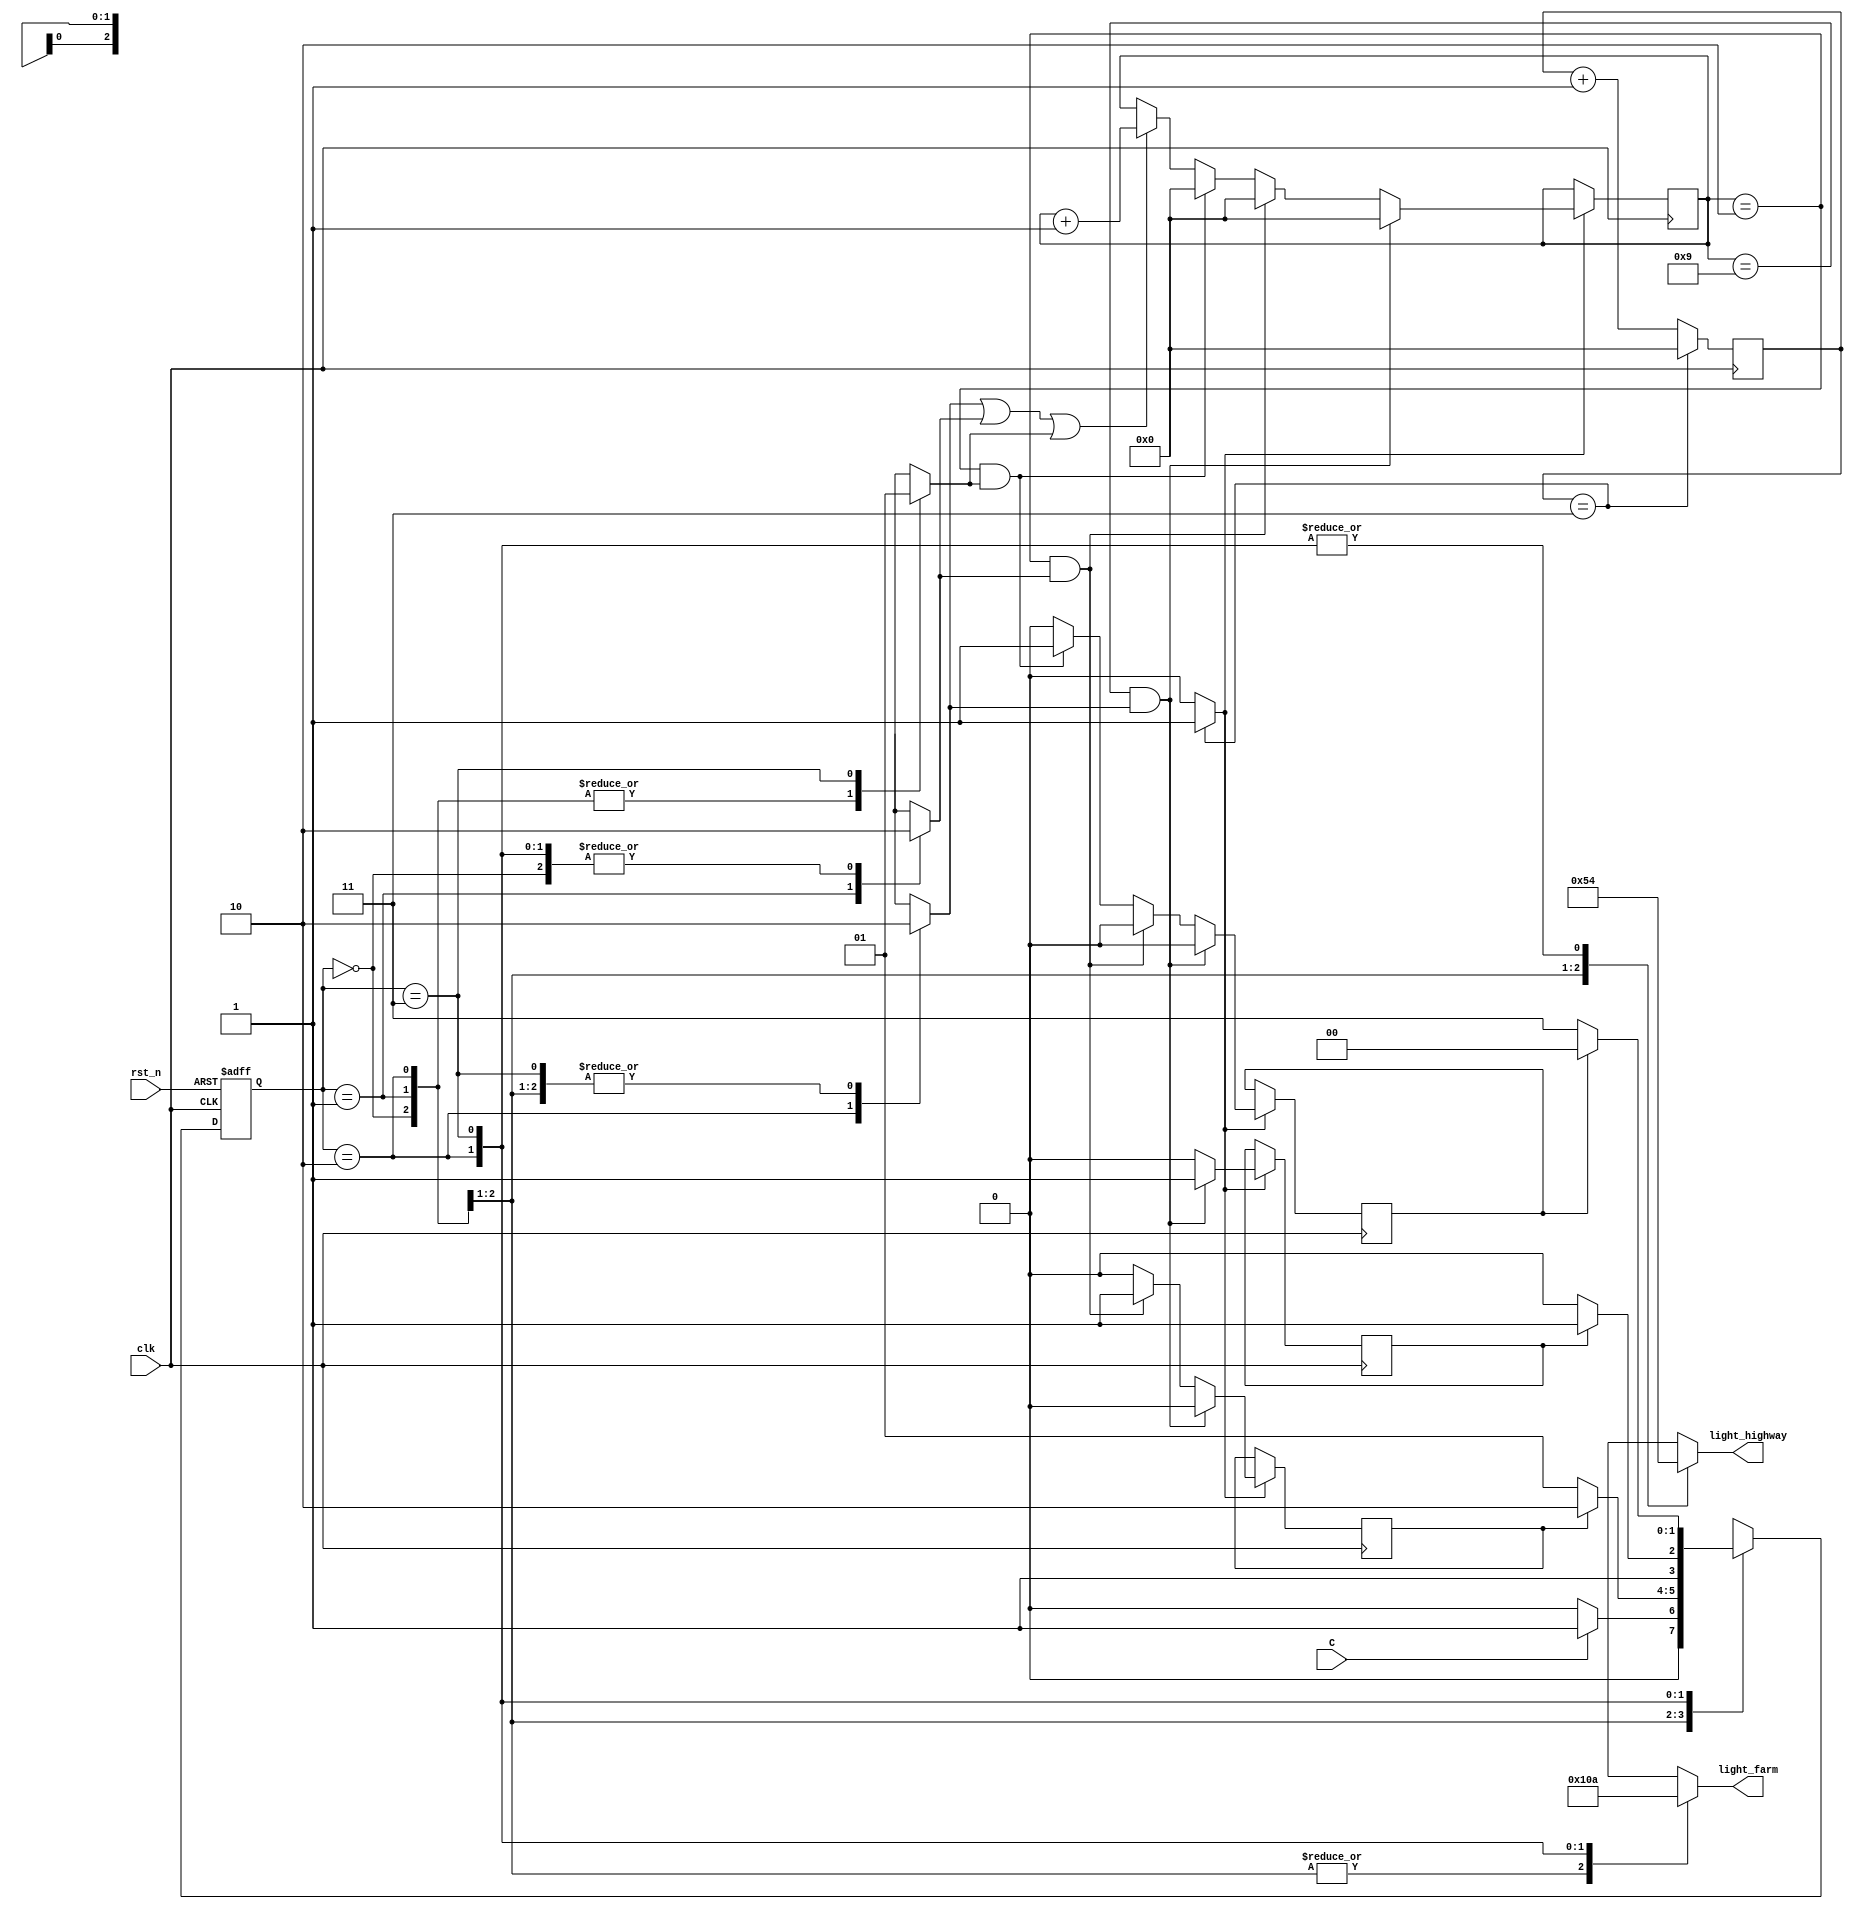
// Mysha Rahman
// 1330012042

module traffic_light(light_highway, light_farm, C, clk, rst_n);
parameter HGRE_FRED=2'b00, // Highway green and farm red
   HYEL_FRED = 2'b01,// Highway yellow and farm red
   HRED_FGRE=2'b10,// Highway red and farm green
   HRED_FYEL=2'b11;// Highway red and farm yellow
input C, // sensor
   clk, // clock = 50 MHz
   rst_n; // reset active low
output reg[2:0] light_highway, light_farm; // output of lights

reg[27:0] count=0,count_delay=0;
reg delay10s=0, delay3s1=0,delay3s2=0,RED_count_en=0,YELLOW_count_en1=0,YELLOW_count_en2=0;
wire clk_enable; // clock enable signal for 1s
reg[1:0] state, next_state;
// next state
always @(posedge clk or negedge rst_n)
begin
if(~rst_n)
 state <= 2'b00;
else 
 state <= next_state; 
end
// FSM
always @(*)
begin
case(state)
HGRE_FRED: begin // Green on highway and red on farm way
 RED_count_en=0;
 YELLOW_count_en1=0;
 YELLOW_count_en2=0;
 light_highway = 3'b001;
 light_farm = 3'b100;
 if(C) next_state = HYEL_FRED; 
 // if sensor detects vehicles on farm road, 
 // turn highway to yellow -> green
 else next_state =HGRE_FRED;
end
HYEL_FRED: begin// yellow on highway and red on farm way
  light_highway = 3'b010;
  light_farm = 3'b100;
  RED_count_en=0;
 YELLOW_count_en1=1;
 YELLOW_count_en2=0;
  if(delay3s1) next_state = HRED_FGRE;
  // yellow for 3s, then red
  else next_state = HYEL_FRED;
end
HRED_FGRE: begin// red on highway and green on farm way
 light_highway = 3'b100;
 light_farm = 3'b001;
 RED_count_en=1;
 YELLOW_count_en1=0;
 YELLOW_count_en2=0;
 if(delay10s) next_state = HRED_FYEL;
 // red in 10s then turn to yello -> green again for high way
 else next_state =HRED_FGRE;
end
HRED_FYEL:begin// red on highway and yellow on farm way
 light_highway = 3'b100;
 light_farm = 3'b010;
 RED_count_en=0;
 YELLOW_count_en1=0;
 YELLOW_count_en2=1;
 if(delay3s2) next_state = HGRE_FRED;
 // turn green for highway, red for farm road
 else next_state =HRED_FYEL;
end
default: next_state = HGRE_FRED;
endcase
end
// create red and yellow delay counts
always @(posedge clk)
begin
if(clk_enable==1) begin
 if(RED_count_en||YELLOW_count_en1||YELLOW_count_en2)
  count_delay <=count_delay + 1;
  if((count_delay == 9)&&RED_count_en) 
  begin
   delay10s=1;
   delay3s1=0;
   delay3s2=0;
   count_delay<=0;
  end
  else if((count_delay == 2)&&YELLOW_count_en1) 
  begin
   delay10s=0;
   delay3s1=1;
   delay3s2=0;
   count_delay<=0;
  end
  else if((count_delay == 2)&&YELLOW_count_en2) 
  begin
   delay10s=0;
   delay3s1=0;
   delay3s2=1;
   count_delay<=0;
  end
  else
  begin
   delay10s=0;
   delay3s1=0;
   delay3s2=0;
  end 
 end
end
// create 1s clock enable 
always @(posedge clk)
begin
 count <=count + 1;
 //if(count == 50000000) 
 if(count == 3) 
  count <= 0;
end
 assign clk_enable = count==3 ? 1: 0; 
endmodule